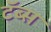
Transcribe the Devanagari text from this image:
टॅब्स